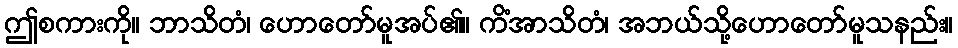
ဤစကားကို။ ဘာသိတံ၊ ဟောတော်မူအပ်၏။ ကိံအာသိတံ၊ အဘယ်သို့ဟောတော်မူသနည်း။